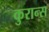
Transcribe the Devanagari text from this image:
कुरान्स